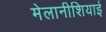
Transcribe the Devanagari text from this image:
मेलानीशियाई